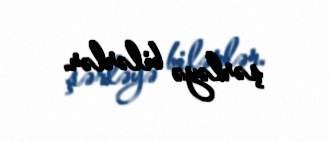
şərləyə bilərlər.